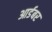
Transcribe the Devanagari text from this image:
आर्डबर